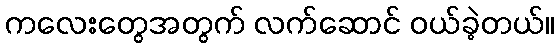
ကလေးတွေအတွက် လက်ဆောင် ဝယ်ခဲ့တယ်။